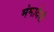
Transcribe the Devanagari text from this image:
मंमादेवी